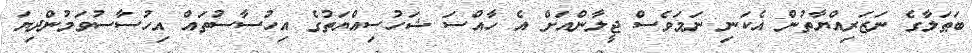
ބަޠަލާގެ ނަޒަރިއްޔާތުން އެކަނި ނަމަވެސް ޖީލާންއަށް އެ ހާއްސަ ޝަހުސިއްޔަތުގެ އިހުސާސުތައް އިހުސާސުވަމުންދިޔަ